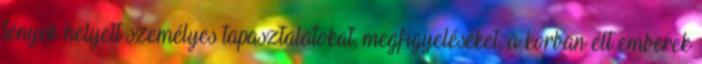
tények helyett személyes tapasztalatokat, megfigyeléseket, a korban élt emberek